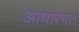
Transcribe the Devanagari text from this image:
आधारभत